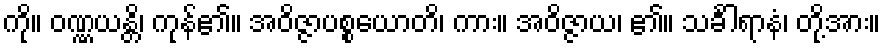
ကို။ ဝဏ္ဏယန္တိ၊ ကုန်၏။ အဝိဇ္ဇာပစ္စယောတိ၊ ကား။ အဝိဇ္ဇာယ၊ ၏။ သင်္ခါရာနံ၊ တို့အား။